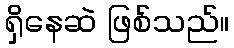
ရှိနေဆဲ ဖြစ်သည်။